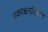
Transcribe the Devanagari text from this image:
प्रकाशनदिवस